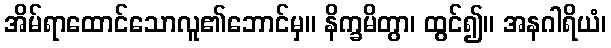
အိမ်ရာထောင်သောလူ၏ဘောင်မှ။ နိက္ခမိတွာ၊ ထွင်၍။ အနဂါရိယံ၊